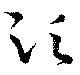
須